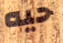
حيه